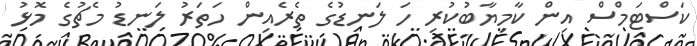
ކަސްޓަމްސް އިން ކާމިޔާބުކުރި ހަ ލަނޑުގެ ތެރެއިން ހަތަރު ލަނޑު މެޗުގެ މޮޅު